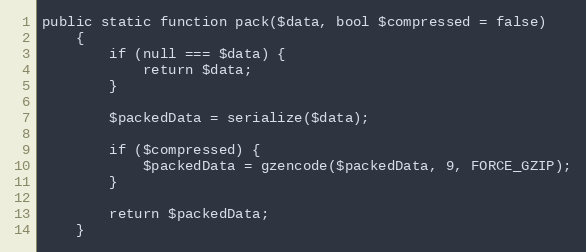
Language: PHP
public static function pack($data, bool $compressed = false)
    {
        if (null === $data) {
            return $data;
        }

        $packedData = serialize($data);

        if ($compressed) {
            $packedData = gzencode($packedData, 9, FORCE_GZIP);
        }

        return $packedData;
    }